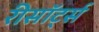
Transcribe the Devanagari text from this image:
रीसॉर्ट्स